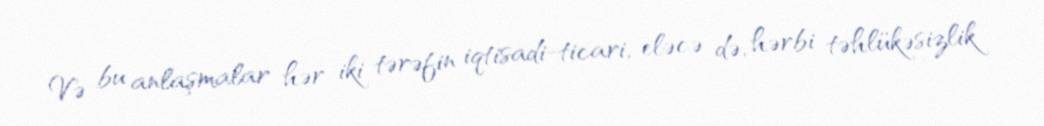
Və bu anlaşmalar hər iki tərəfin iqtisadi-ticari, eləcə də, hərbi təhlükəsizlik